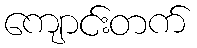
ကျောင်းတက်